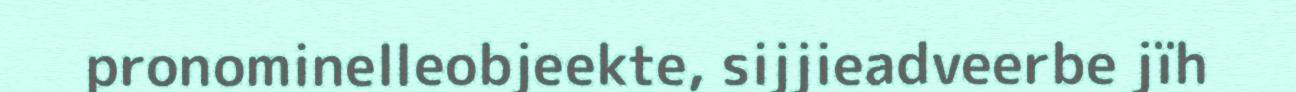
pronominelleobjeekte, sijjieadveerbe jïh